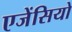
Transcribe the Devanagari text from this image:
एजेंसियो